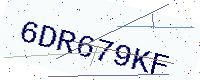
Text: 6DR679KF